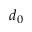
d _ { 0 }